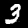
Digit: 3